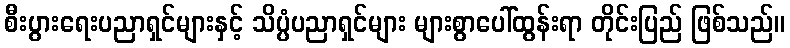
စီးပွားရေးပညာရှင်များနှင့် သိပ္ပံပညာရှင်များ များစွာပေါ်ထွန်းရာ တိုင်းပြည် ဖြစ်သည်။